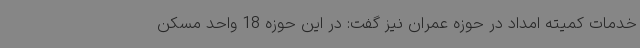
خدمات کمیته امداد در حوزه عمران نیز گفت: در این حوزه 18 واحد مسکن